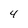
Character: 4